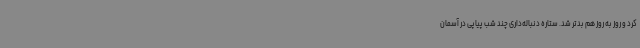
کرد و روز به روز هم بدتر شد. ستاره دنباله‌داری چند شب پیاپی در آسمان